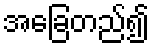
အခြေတည်၍